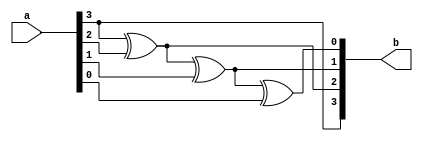
module GrayToBin(a,b);
input [3:0] a;
output [3:0] b;
buf(b[3],a[3]);
xor(b[2],b[3],a[2]);
xor(b[1],b[2],a[1]);
xor(b[0],b[1],a[0]);
endmodule

module GrayToBin_TB();
reg [3:0] a;
wire [3:0]b;
GrayToBin GB(a,b);
initial begin
#0 a=4'd1;
#50 a=4'd2;
#50 a=4'd3;
#50 a=4'd4;
#50 a=4'd5;
#50 a=4'd6;
#50 a=4'd7;
#50 a=4'd8;
#50 a=4'd9;
#50 a=4'd10;
#50 a=4'd11;
#50 a=4'd12;
#50 a=4'd13;
#50 a=4'd14;
#50 a=4'd15;
end
endmodule